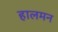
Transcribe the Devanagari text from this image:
हालमन